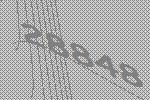
28848